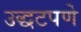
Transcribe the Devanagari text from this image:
उद्धटपणे